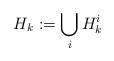
LaTeX: \begin{align*}H_k : = \bigcup_i H^i_k \end{align*}